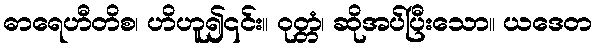
ဓာရေဟီတိစ၊ ဟိဟူ၍၎င်း။ ဝုတ္တံ၊ ဆိုအပ်ပြီးသော။ ယဒေတ